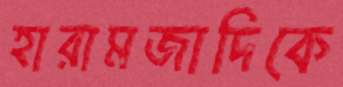
হারামজাদিকে